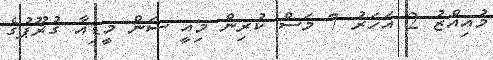
މުއިއްޒު 2 އަހަރު 7 މަސް ކުރިން މިއީ ސަން މީޑިއާ ގުރޫޕުގެ